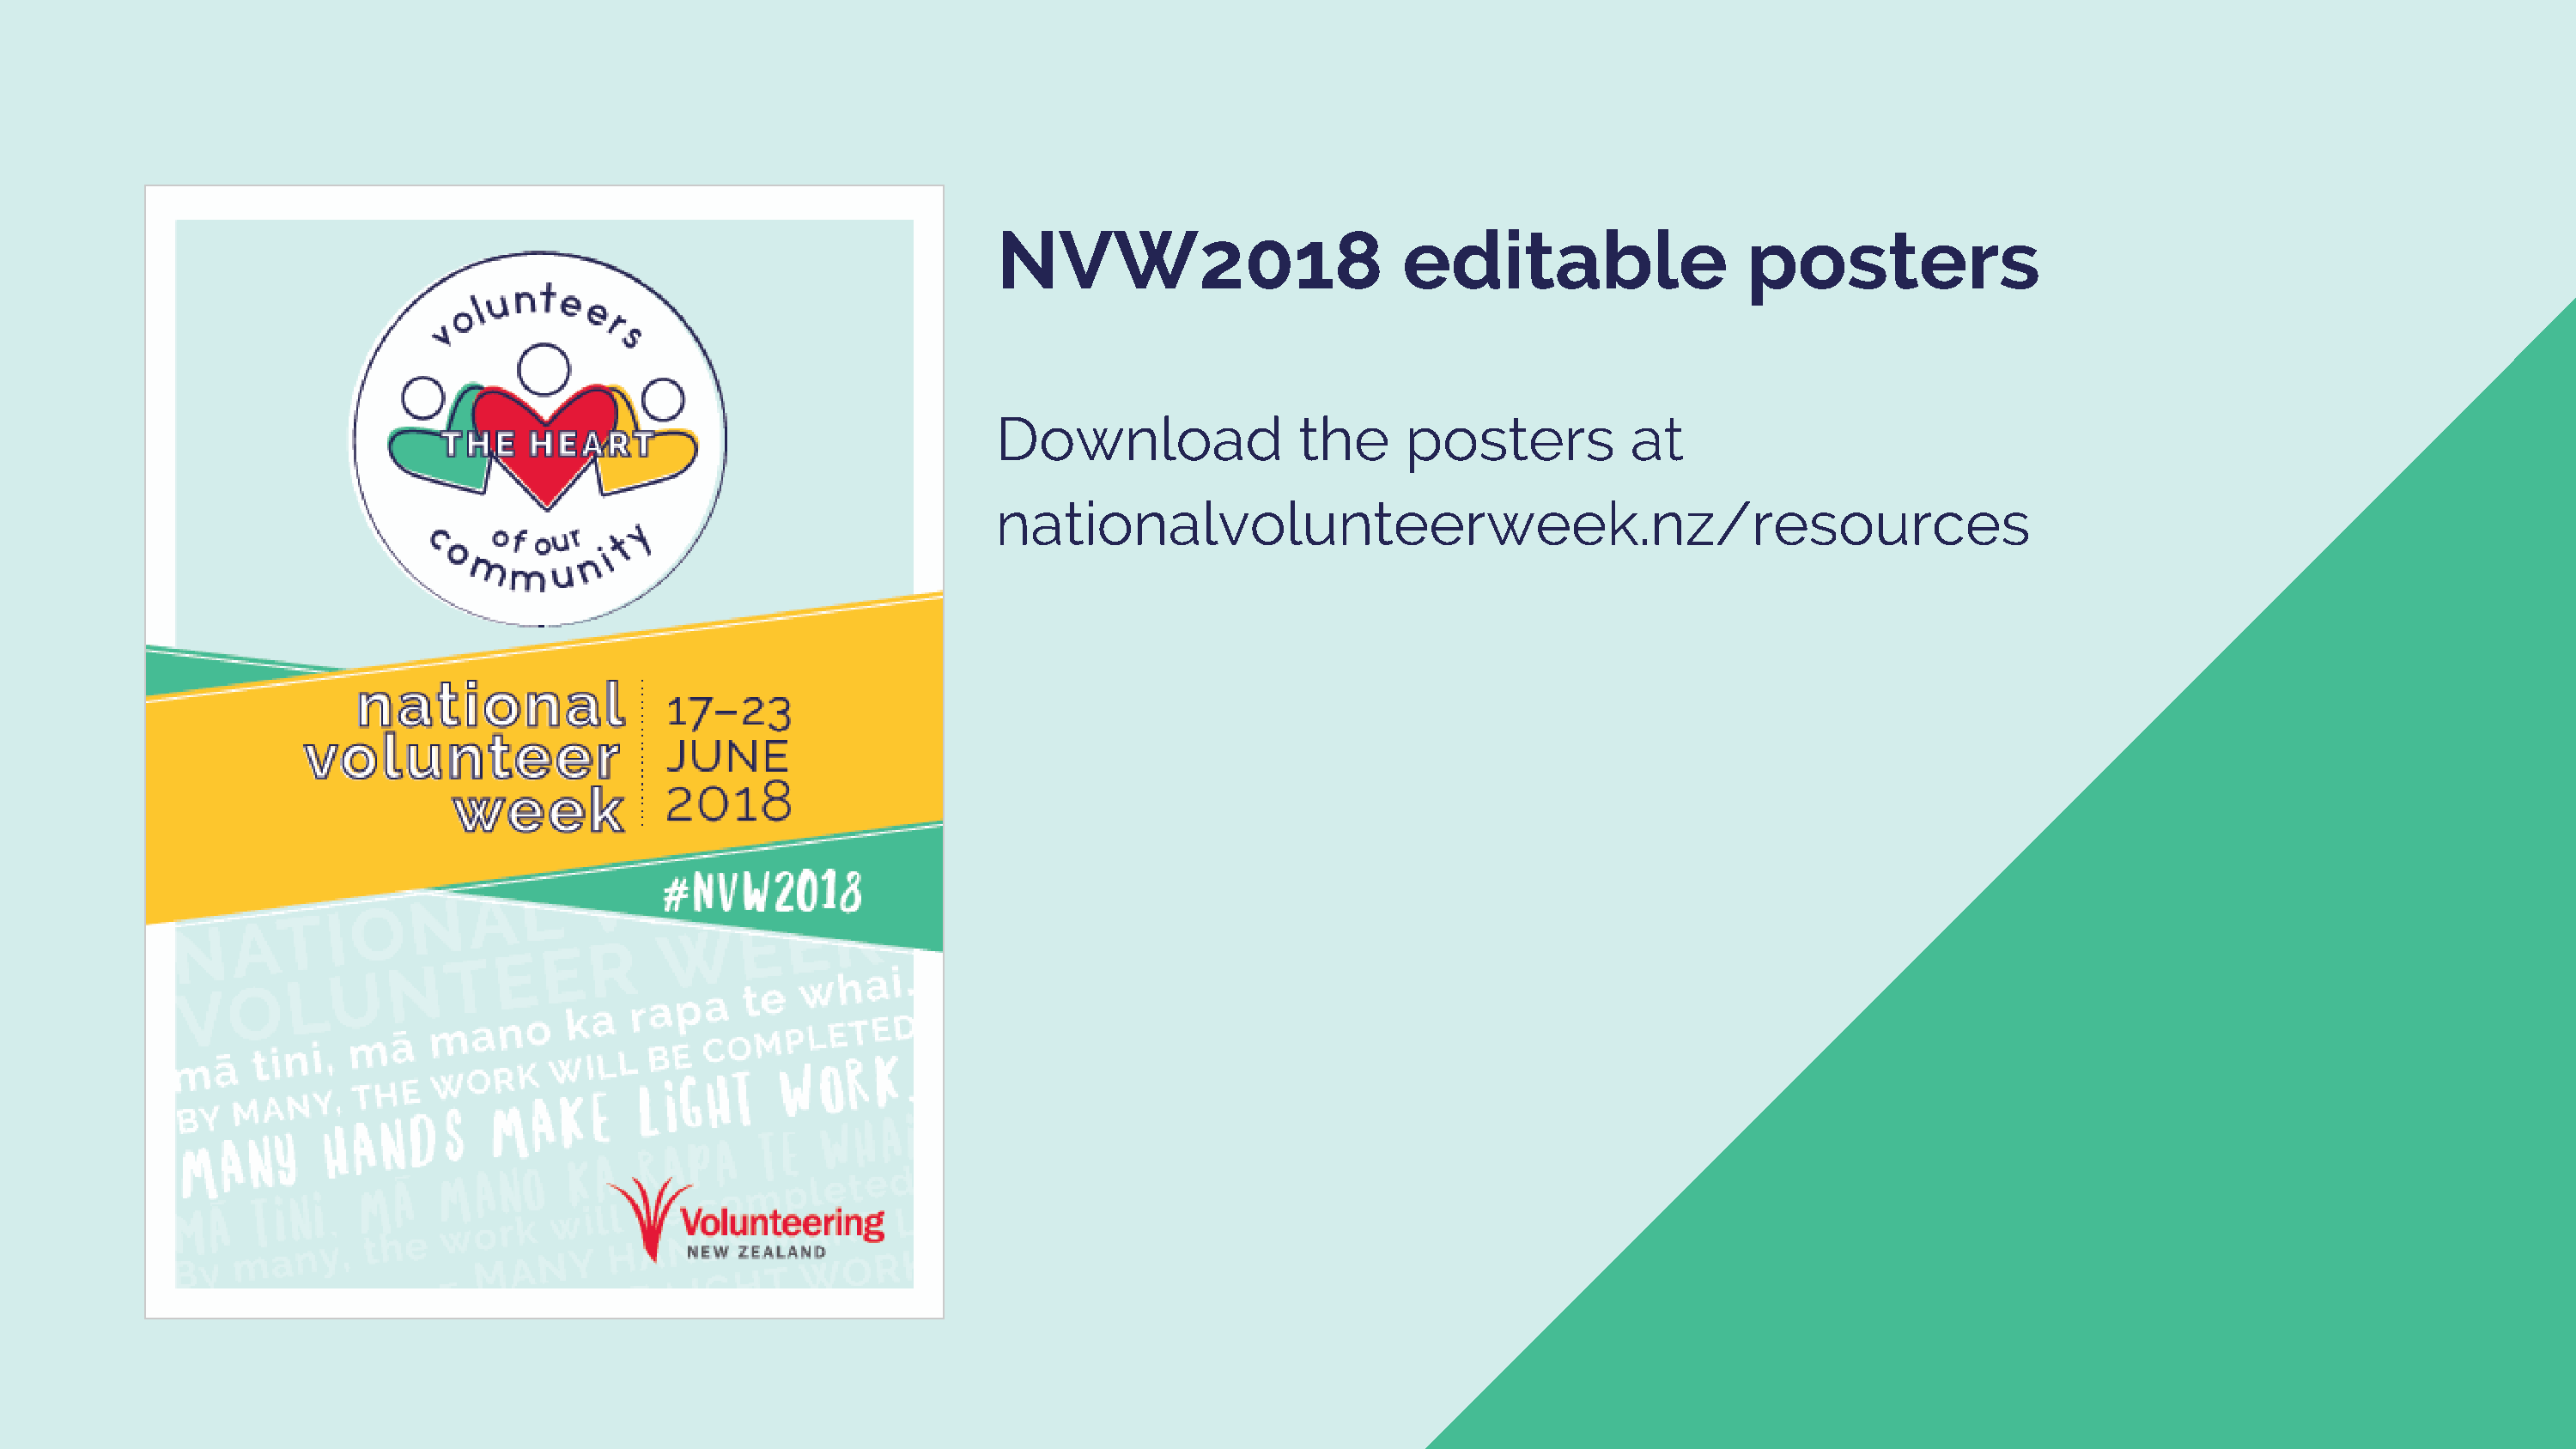
NVW2018                        editable                   posters
 Download               the     posters           at
 nationalvolunteerweek.nz/resources